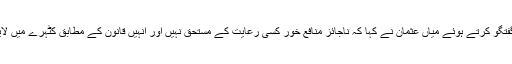
میڈیا سے گفتگو کرتے ہوئے میاں عثمان نے کہا کہ ناجائز منافع خور کسی رعایت کے مستحق نہیں اور انہیں قانون کے مطابق کٹہرے میں لایا جائے گا۔